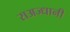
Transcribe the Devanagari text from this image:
राअज्धानी